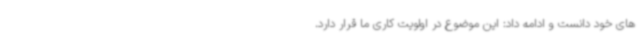
های خود دانست و ادامه داد: این موضوع در اولویت کاری ما قرار دارد.